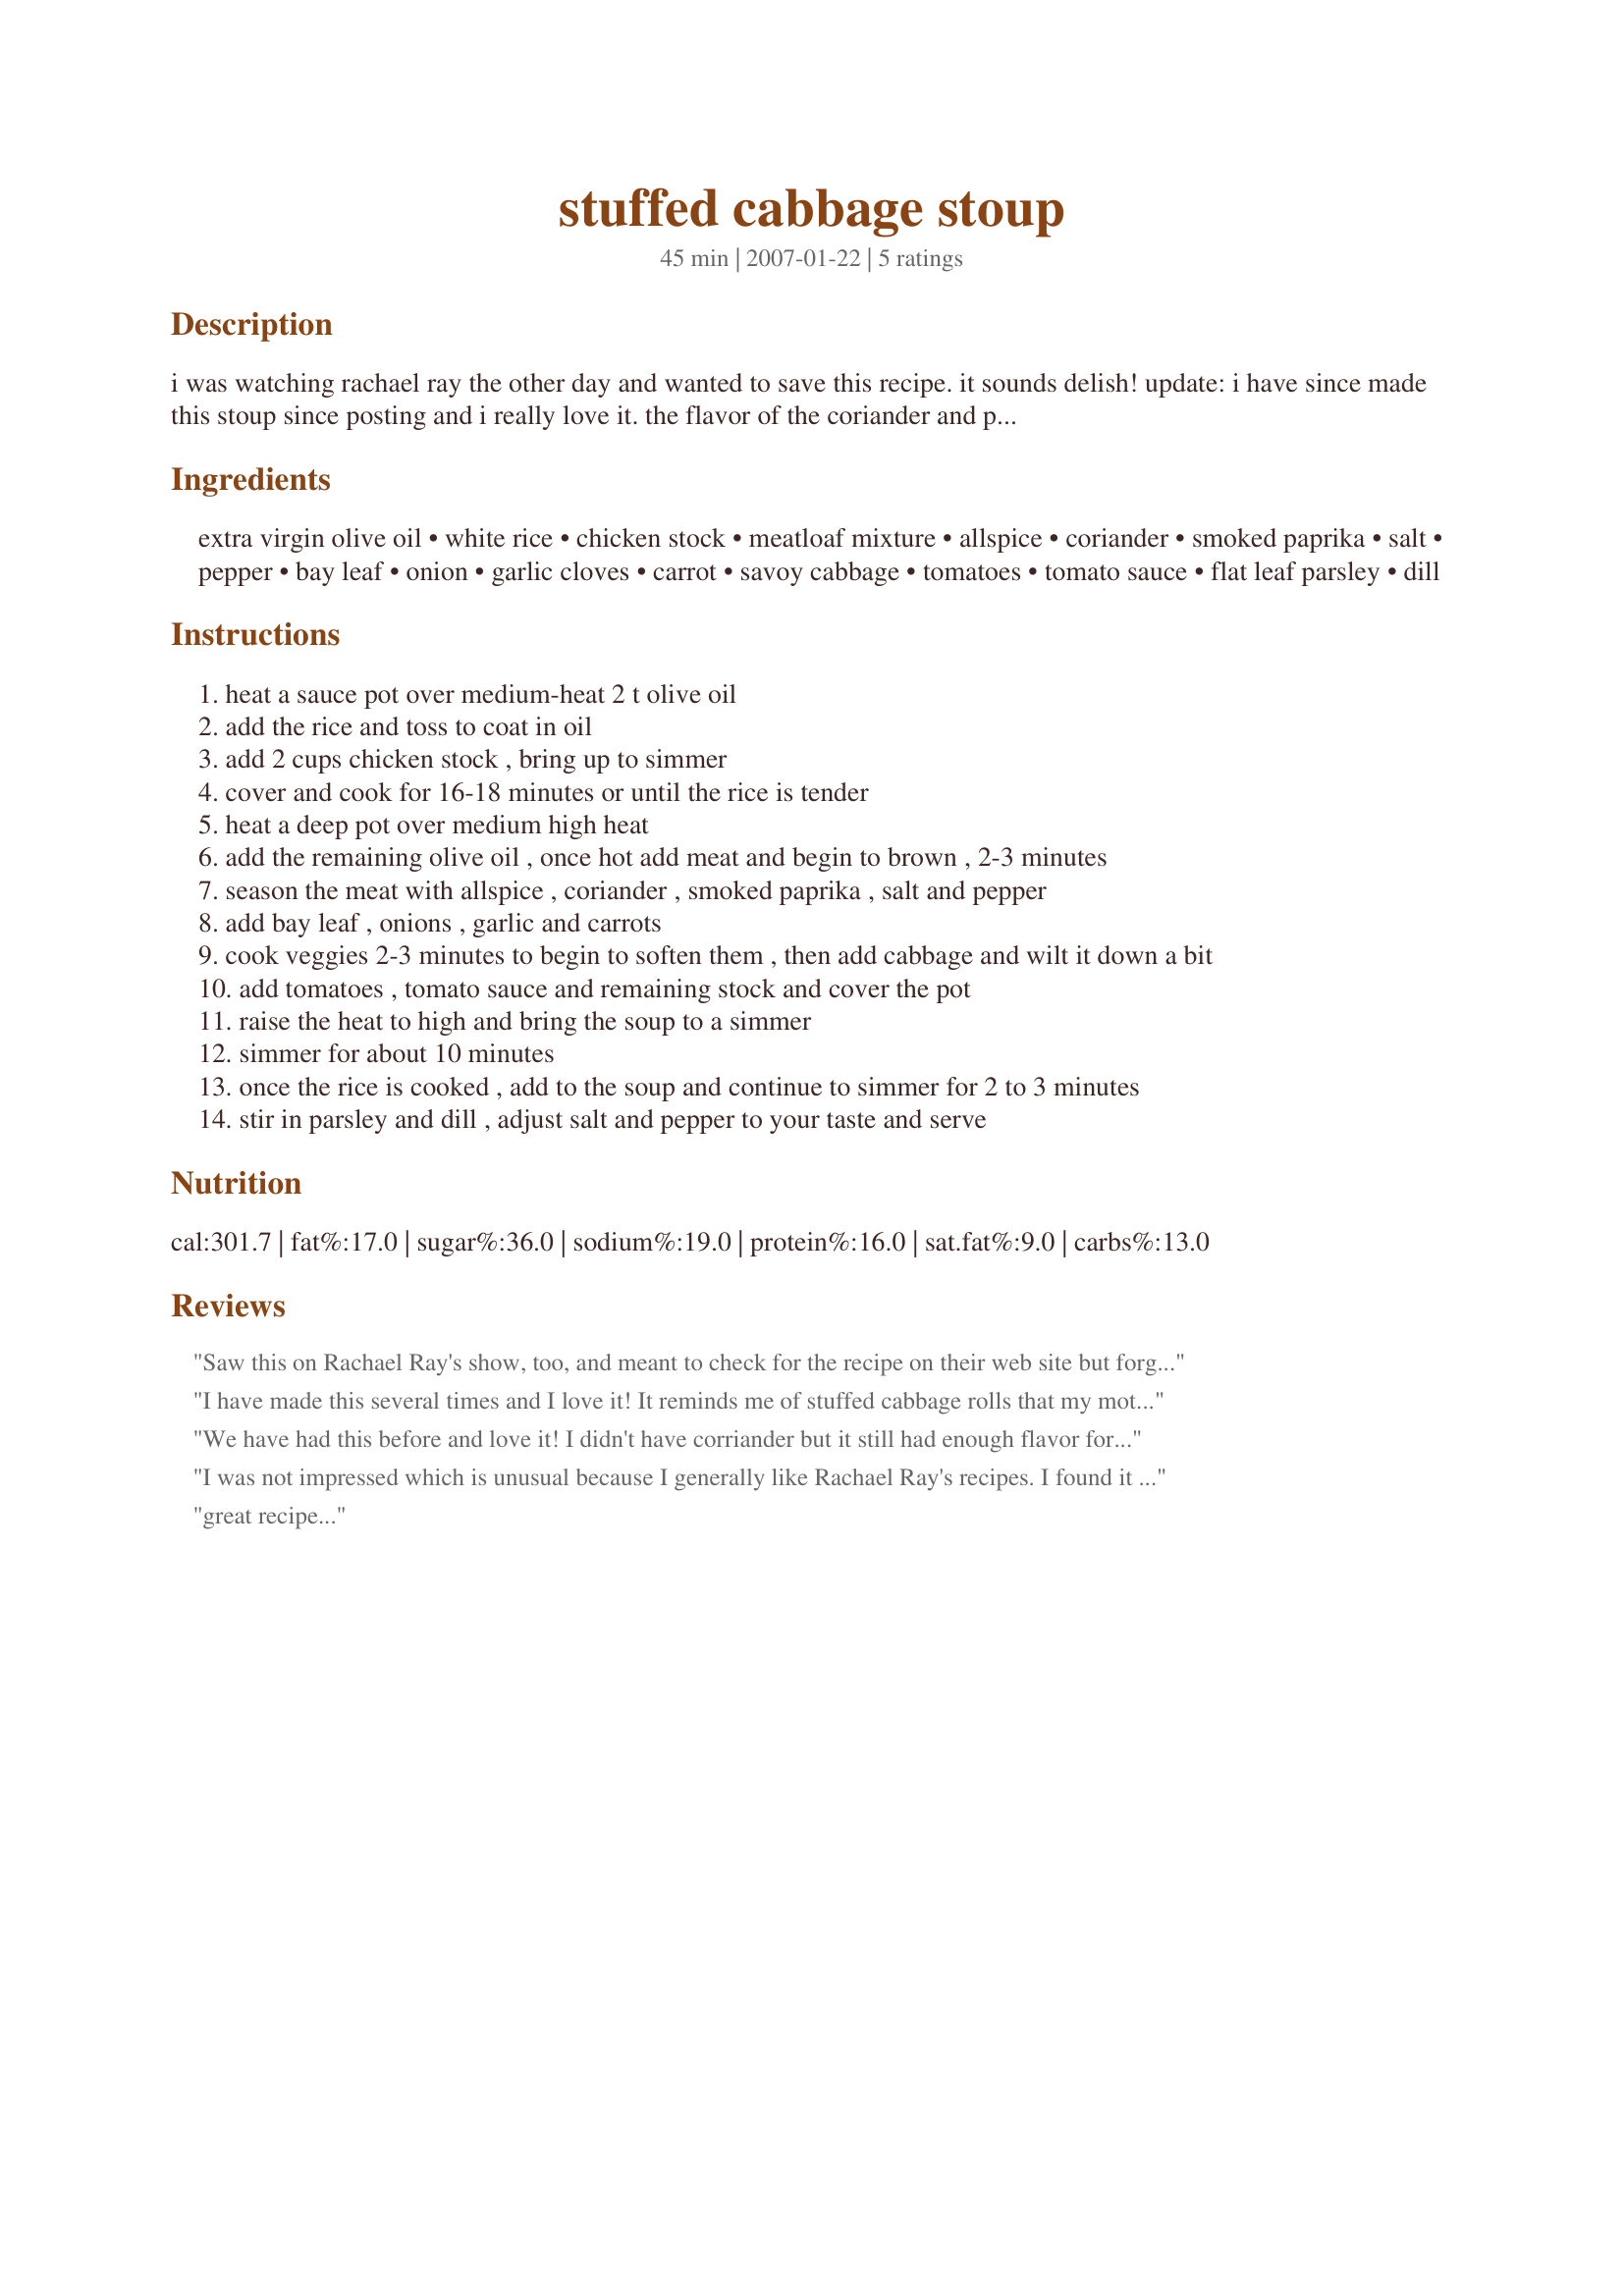
stuffed cabbage stoup
Preparation time: 45 minutes

i was watching rachael ray the other day and wanted to save this recipe. it sounds delish! update: i have since made this stoup since posting and i really love it. the flavor of the coriander and paprika are delicious. one thing i did that rachael suggested on the show is to actually add the rice to each bowl when you serve it. that way it won't soak up all the broth, particularly when you have leftovers. that is, if you have leftovers!

Ingredients:
extra virgin olive oil, white rice, chicken stock, meatloaf mixture, allspice, coriander, smoked paprika, salt, pepper, bay leaf, onion, garlic cloves, carrot, savoy cabbage, tomatoes, tomato sauce, flat leaf parsley, dill

Steps:
heat a sauce pot over medium-heat 2 t olive oil
add the rice and toss to coat in oil
add 2 cups chicken stock , bring up to simmer
cover and cook for 16-18 minutes or until the rice is tender
heat a deep pot over medium high heat
add the remaining olive oil , once hot add meat and begin to brown , 2-3 minutes
season the meat with allspice , coriander , smoked paprika , salt and pepper
add bay leaf , onions , garlic and carrots
cook veggies 2-3 minutes to begin to soften them , then add cabbage and wilt it down a bit
add tomatoes , tomato sauce and remaining stock and cover the pot
raise the heat to high and bring the soup to a simmer
simmer for about 10 minutes
once the rice is cooked , add to the soup and continue to simmer for 2 to 3 minutes
stir in parsley and dill , adjust salt and pepper to your taste and serve

Reviews:
Saw this on Rachael Ray's show, too, and meant to check for the recipe on their web site but forgot. I was so glad when I found it here. This was really delicious. I left out the dill due to personal taste. Thanks for the great recipe.
I have made this several times and I love it! It reminds me of stuffed cabbage rolls that my mother and grandmother use to make!
We have had this before and love it! I didn't have corriander but it still had enough flavor for us! Thanks!
I was not impressed which is unusual because I generally like Rachael Ray's recipes. I found it to be too brothy and not loaded with flavor.
great recipe...
